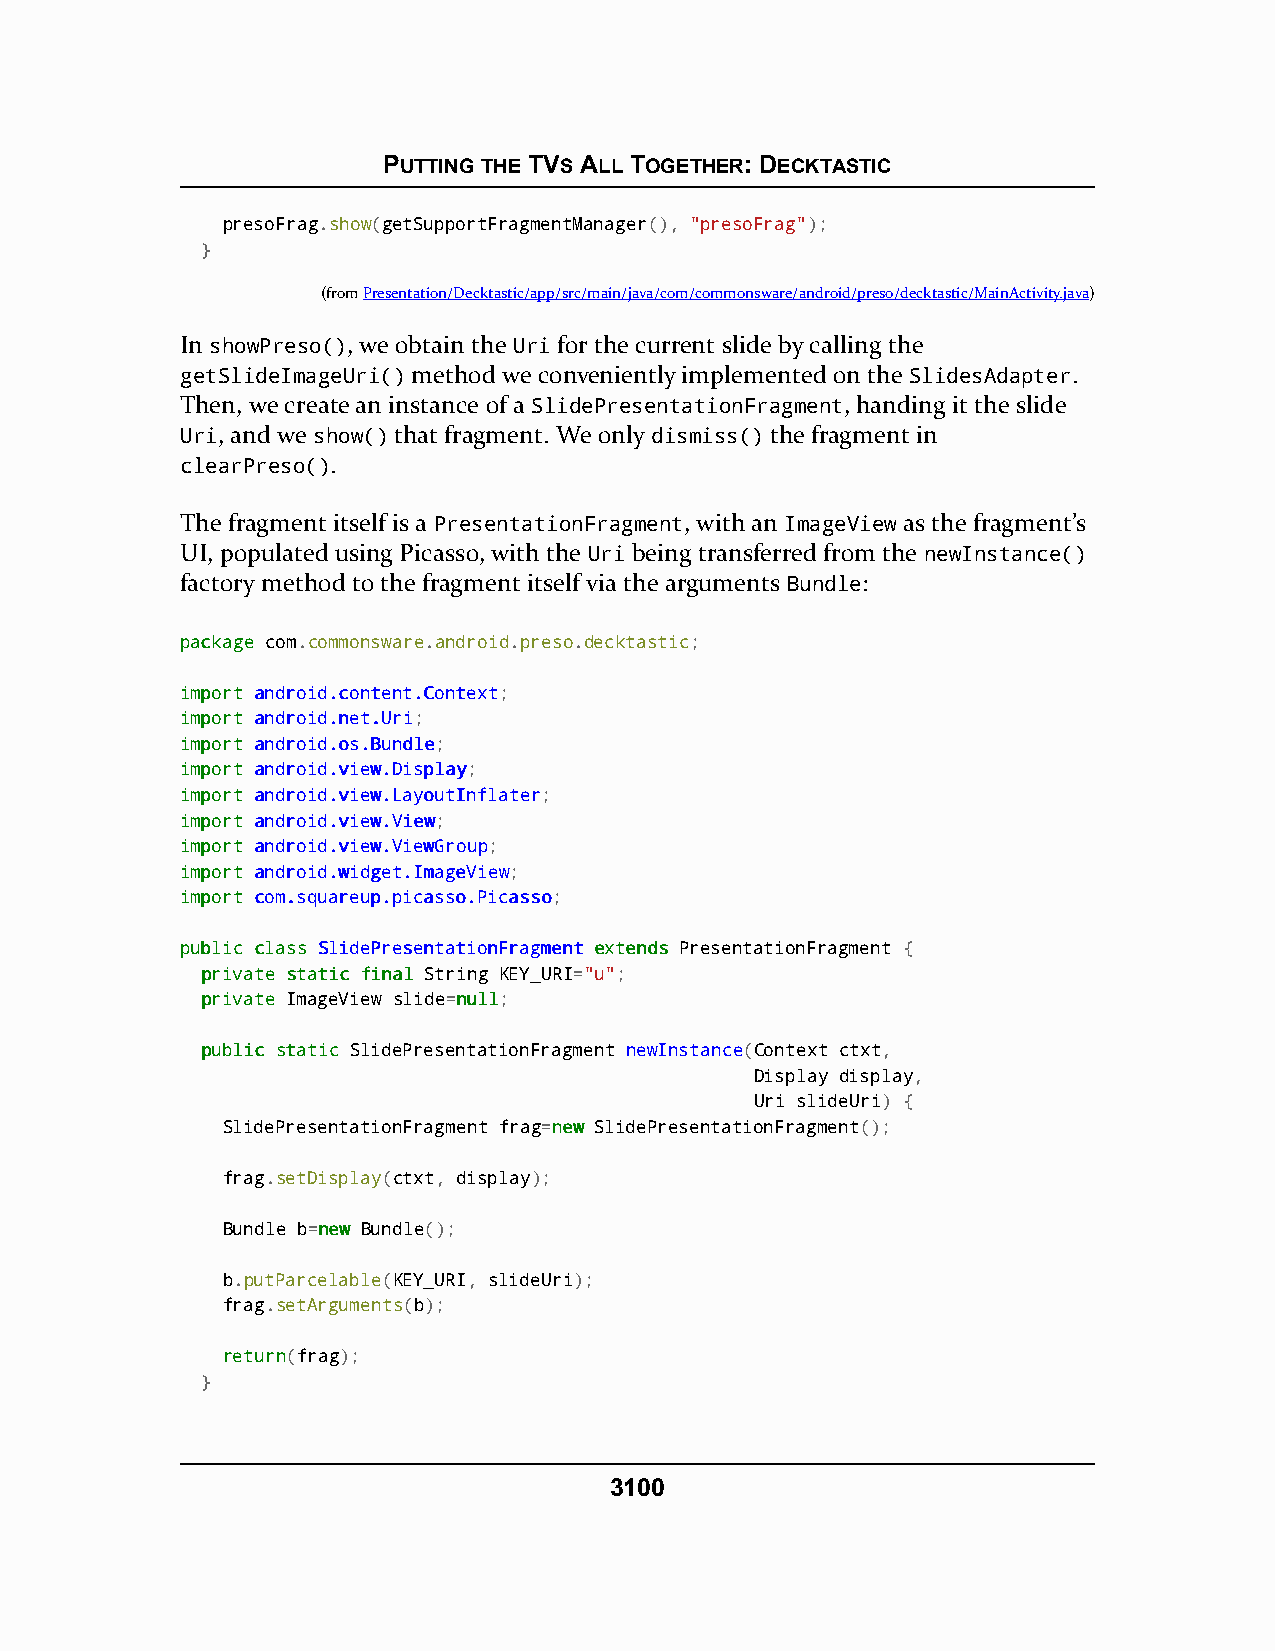
PUTTING THE TVS ALL TOGETHER: DECKTASTIC
 presoFrag.show(getSupportFragmentManager(), "presoFrag");
 }
 (fromPresentation/Decktastic/app/src/main/java/com/commonsware/android/preso/decktastic/MainActivity.java)
 In showPreso(), we obtain the Uri for the current slide by calling the
 getSlideImageUri() method we conveniently implemented on the SlidesAdapter.
 Then, we create an instance of a SlidePresentationFragment, handing it the slide
 Uri, and we show() that fragment. We only dismiss() the fragment in
 clearPreso().
 The fragment itself is a PresentationFragment, with an ImageView as the fragment’s
 UI, populated using Picasso, with the Uri being transferred from the newInstance()
 factory method to the fragment itself via the arguments Bundle:
 ppaacckkaaggee com.commonsware.android.preso.decktastic;
 iimmppoorrtt aannddrrooiidd..ccoonntteenntt..CCoonntteexxtt;
 iimmppoorrtt aannddrrooiidd..nneett..UUrrii;
 iimmppoorrtt aannddrrooiidd..ooss..BBuunnddllee;
 iimmppoorrtt aannddrrooiidd..vviieeww..DDiissppllaayy;
 iimmppoorrtt aannddrrooiidd..vviieeww..LLaayyoouuttIInnffllaatteerr;
 iimmppoorrtt aannddrrooiidd..vviieeww..VViieeww;
 iimmppoorrtt aannddrrooiidd..vviieeww..VViieewwGGrroouupp;
 iimmppoorrtt aannddrrooiidd..wwiiddggeett..IImmaaggeeVViieeww;
 iimmppoorrtt ccoomm..ssqquuaarreeuupp..ppiiccaassssoo..PPiiccaassssoo;
 ppuubblliicc ccllaassss SSlliiddeePPrreesseennttaattiioonnFFrraaggmmeenntt eexxtteennddss PresentationFragment {
 pprriivvaattee ssttaattiicc ffiinnaall String KEY_URI="u";
 pprriivvaattee ImageView slide=nnuullll;
 ppuubblliicc ssttaattiicc SlidePresentationFragment newInstance(Context ctxt,
 Display display,
 Uri slideUri) {
 SlidePresentationFragment frag=nneeww SlidePresentationFragment();
 frag.setDisplay(ctxt, display);
 Bundle b=nneeww Bundle();
 b.putParcelable(KEY_URI, slideUri);
 frag.setArguments(b);
 rreettuurrnn(frag);
 }
 3100